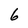
Character: 6